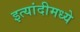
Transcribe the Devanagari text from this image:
इत्यांदीमध्ये